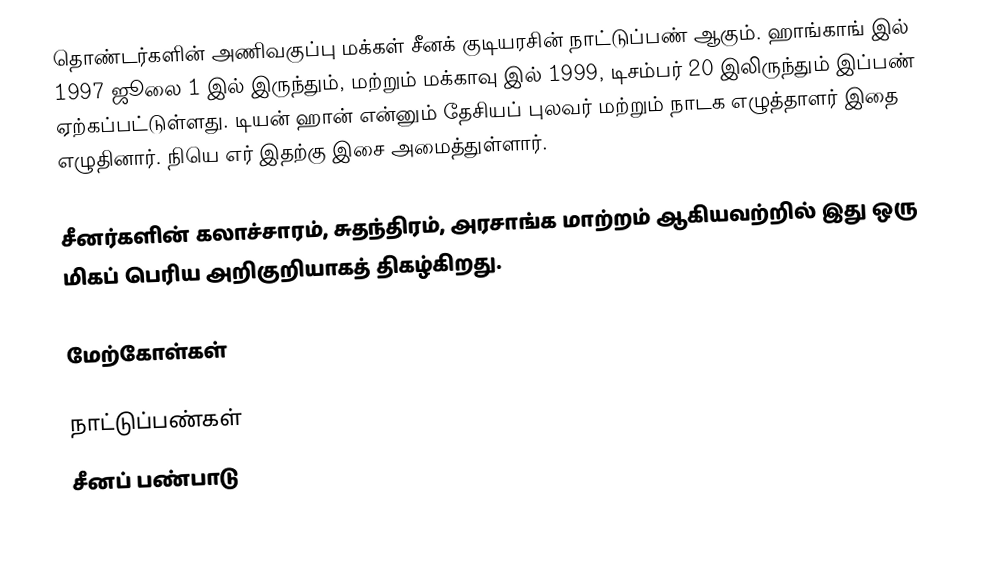
தொண்டர்களின் அணிவகுப்பு மக்கள் சீனக் குடியரசின் நாட்டுப்பண் ஆகும். ஹாங்காங் இல் 1997 ஜூலை 1 இல் இருந்தும், மற்றும் மக்காவு இல் 1999, டிசம்பர் 20 இலிருந்தும் இப்பண் ஏற்கப்பட்டுள்ளது. டியன் ஹான் என்னும் தேசியப் புலவர் மற்றும் நாடக எழுத்தாளர் இதை எழுதினார். நியெ எர் இதற்கு இசை அமைத்துள்ளார்.

சீனர்களின் கலாச்சாரம், சுதந்திரம், அரசாங்க மாற்றம் ஆகியவற்றில் இது ஒரு மிகப் பெரிய அறிகுறியாகத் திகழ்கிறது.

மேற்கோள்கள்

நாட்டுப்பண்கள்
சீனப் பண்பாடு